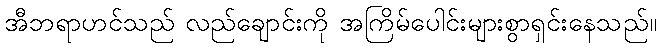
အီဘရာဟင်သည် လည်ချောင်းကို အကြိမ်ပေါင်းများစွာရှင်းနေသည်။